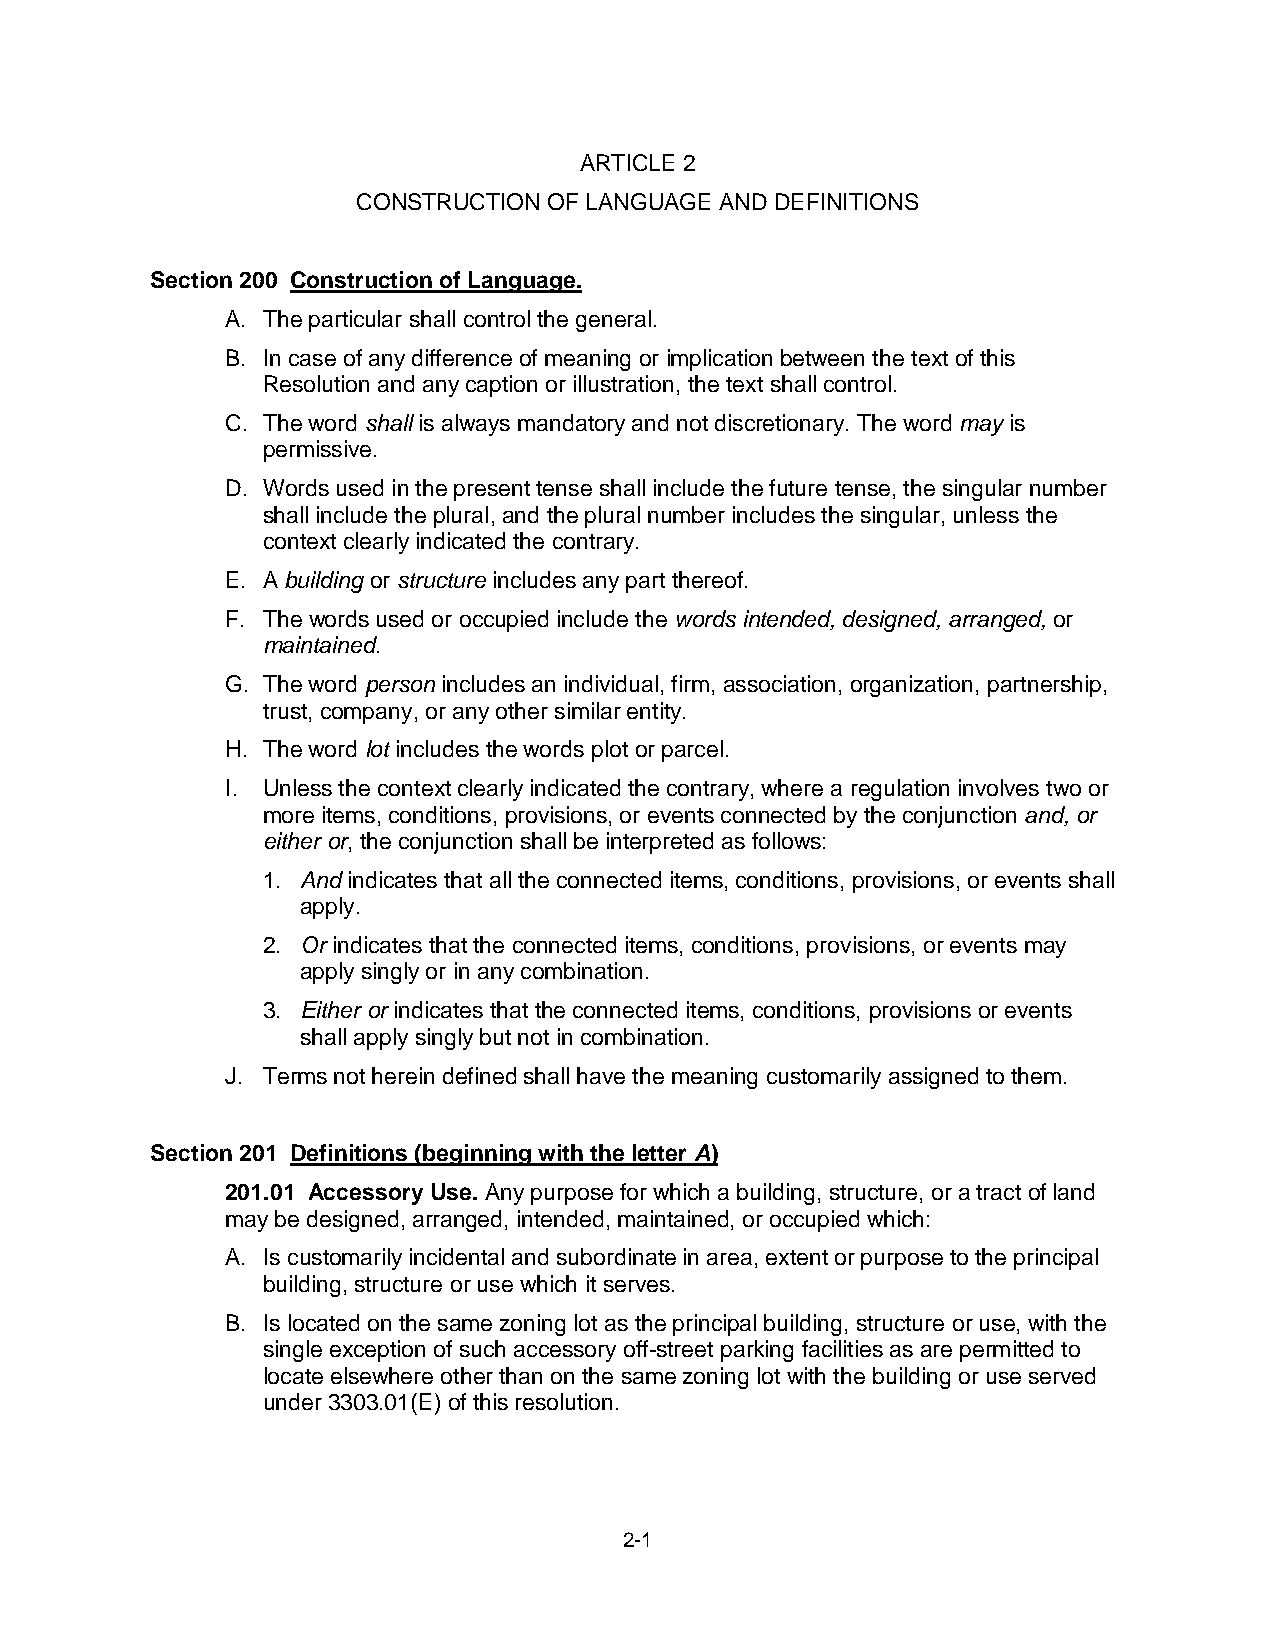
ARTICLE 2
 CONSTRUCTION OF LANGUAGE AND DEFINITIONS
 Section 200 Construction of Language.
 A. The particular shall control the general.
 B. In case of any difference of meaning or implication between the text of this
 Resolution and any caption or illustration, the text shall control.
 C. The word shall is always mandatory and not discretionary. The word may is
 permissive.
 D. Words used in the present tense shall include the future tense, the singular number
 shall include the plural, and the plural number includes the singular, unless the
 context clearly indicated the contrary.
 E. A building or structure includes any part thereof.
 F. The words used or occupied include the words intended, designed, arranged, or
 maintained.
 G. The word person includes an individual, firm, association, organization, partnership,
 trust, company, or any other similar entity.
 H. The word lot includes the words plot or parcel.
 I. Unless the context clearly indicated the contrary, where a regulation involves two or
 more items, conditions, provisions, or events connected by the conjunction and, or
 either or, the conjunction shall be interpreted as follows:
 1. And indicates that all the connected items, conditions, provisions, or events shall
 apply.
 2. Or indicates that the connected items, conditions, provisions, or events may
 apply singly or in any combination.
 3. Either or indicates that the connected items, conditions, provisions or events
 shall apply singly but not in combination.
 J. Terms not herein defined shall have the meaning customarily assigned to them.
 Section 201 Definitions (beginning with the letter A)
 201.01 Accessory Use. Any purpose for which a building, structure, or a tract of land
 may be designed, arranged, intended, maintained, or occupied which:
 A. Is customarily incidental and subordinate in area, extent or purpose to the principal
 building, structure or use which it serves.
 B. Is located on the same zoning lot as the principal building, structure or use, with the
 single exception of such accessory off-street parking facilities as are permitted to
 locate elsewhere other than on the same zoning lot with the building or use served
 under 3303.01(E) of this resolution.
 2-1